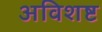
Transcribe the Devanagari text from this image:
अविशष्ट